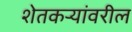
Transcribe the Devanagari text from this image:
शेतकर्‍यांवरील